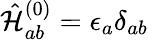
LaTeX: \hat{\mathcal{H}}_{ab}^{(0)}=\epsilon_{a}\delta_{ab}